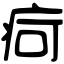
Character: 疴